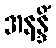
အနန္ဒိံ